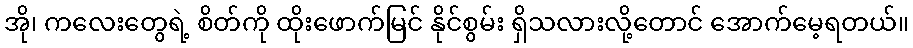
အို၊ ကလေးတွေရဲ့ စိတ်ကို ထိုးဖောက်မြင် နိုင်စွမ်း ရှိသလားလို့တောင် အောက်မေ့ရတယ်။